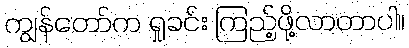
ကျွန်တော်က ရှုခင်း ကြည့်ဖို့လာတာပါ။